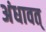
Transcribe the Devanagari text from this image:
अंधावत्